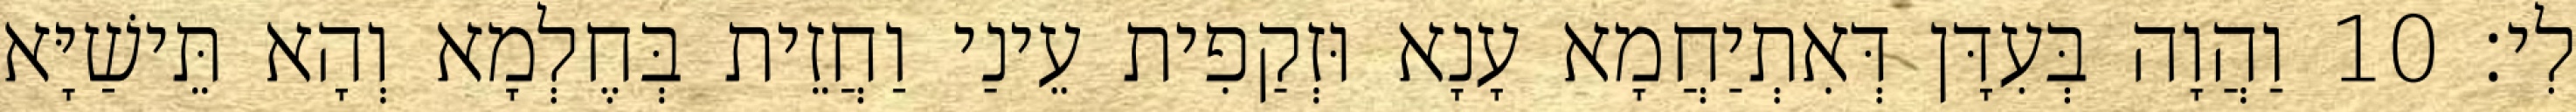
לִי׃ 10 וַהֲוָה בְּעִדָּן דְּאִתְיַחֲמָא עָנָא וּזְקַפִית עֵינַי וַחֲזֵית בְּחֶלְמָא וְהָא תֵּישַׁיָּא